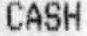
CASH